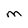
Character: M